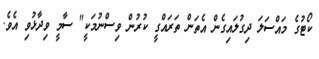
ކޯޓުގެ މައްސަލަ ދިގުލައިގެން އެތަން ތަރައްގީ ކުރުން ވިސްނުމަކީ" ސާމީ ވިދާޅުވި އެވެ.